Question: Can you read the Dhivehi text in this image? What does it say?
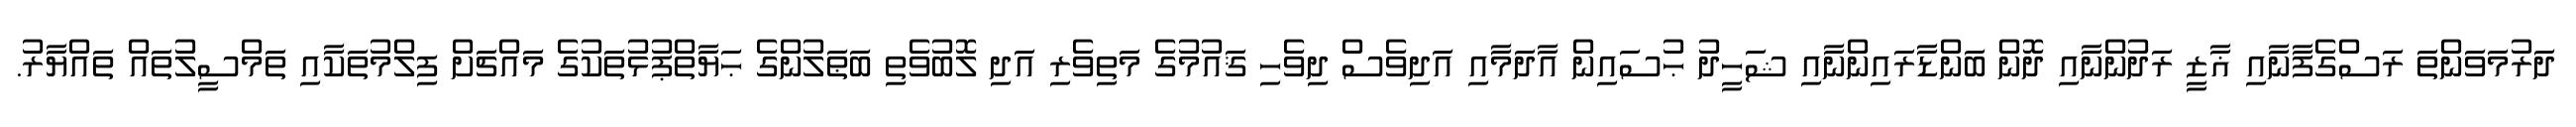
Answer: ދަރުމަވަންތަ ރަސްގެފާނާއި ޣާޒީ ރަދުންނާއި ދޮން ބަންޑާރައިންނާއި ޝަހީދު ޙުސައިން އާދަމާއި އަދިވެސް ދިވެހި ޤައުމުގެ މަތިވެރި އަދި ލޮބުވެތި ބަޠަލުންގެ ޙަޔާތްޕުޅުތަކުގެ މައްޗަށް ފިލްމުތަކާއި ތަމްސީލުތައް ތައްޔާރު.